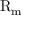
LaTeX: \mathrm { R } _ { \mathrm { m } }